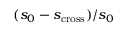
( s _ { 0 } - s _ { \mathrm { c r o s s } } ) / s _ { 0 }